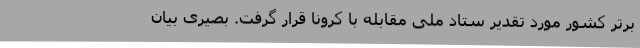
برتر کشور مورد تقدیر ستاد ملی مقابله با کرونا قرار گرفت. بصیری بیان